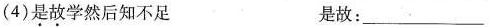
(4)是故学然后知不足 是故：___